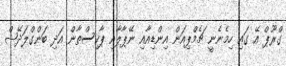
ގްރޫޕް އޭ ގައި ހިމެނެނީ ޗެމްޕިއަން އިންޑިއާއި ނޭޕާލާއި ޕާކިސްތާން އަދި ބަންގްލަދޭޝް